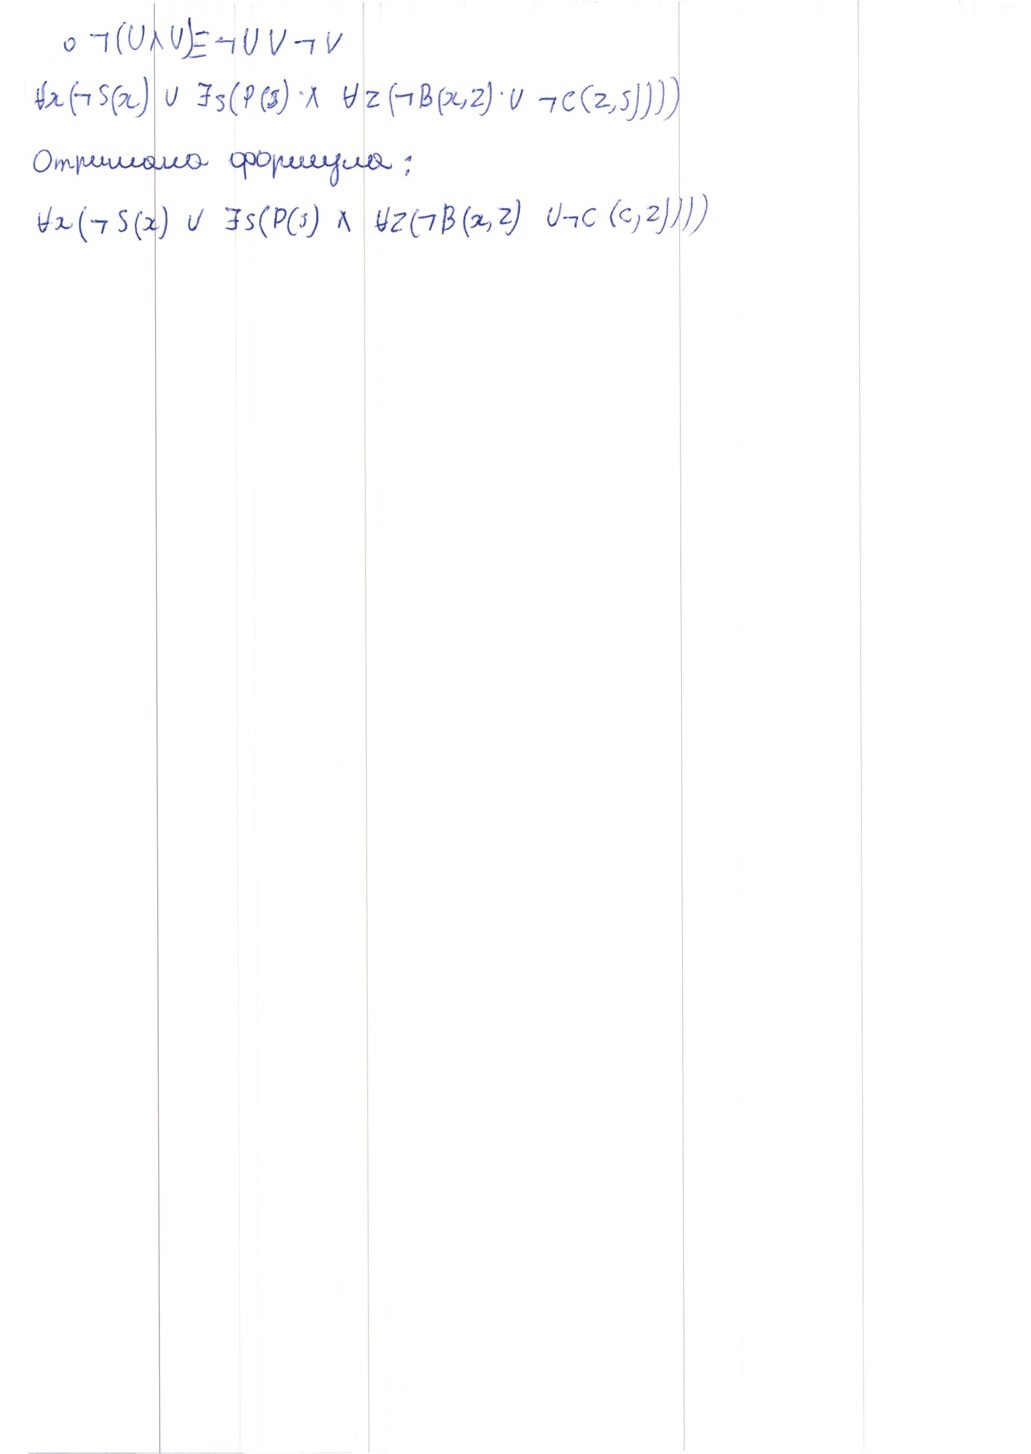
o ¬ ( U ∧ V ) ≡ ¬ U ∨ ¬ V
∀x(¬S(x) ∨ ∃s(P(s) ∧ ∀z(¬B(x,z) ∨ ¬C(z,s)))
Отримана формула:
∀x(¬S(x) ∨ ∃s(P(s) ∧ ∀z(¬B(x,z) ∨ ¬C(c,z)))